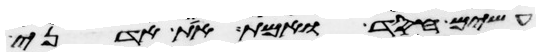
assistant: עשים חסד ואמת את אדני